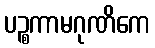
ပဉ္စကာမဂုဏိကေ